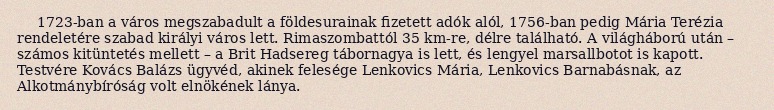
1723-ban a város megszabadult a földesurainak fizetett adók alól, 1756-ban pedig Mária Terézia rendeletére szabad királyi város lett. Rimaszombattól 35 km-re, délre található. A világháború után – számos kitüntetés mellett – a Brit Hadsereg tábornagya is lett, és lengyel marsallbotot is kapott. Testvére Kovács Balázs ügyvéd, akinek felesége Lenkovics Mária, Lenkovics Barnabásnak, az Alkotmánybíróság volt elnökének lánya.